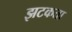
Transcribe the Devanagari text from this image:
झटकता